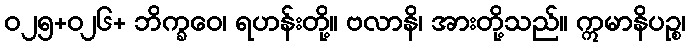
ဝ၂၅+၀၂၆+ ဘိက္ခဝေ၊ ရဟန်းတို့။ ဗလာနိ၊ အားတို့သည်။ ဣမာနိပဉ္စ၊